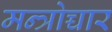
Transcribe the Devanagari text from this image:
मन्त्रोच्चार